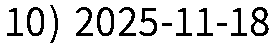
10) 2025-11-18